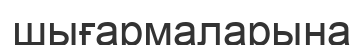
шығармаларына